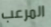
المرعب